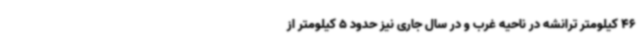
46 کیلومتر ترانشه در ناحیه غرب و در سال جاری نیز حدود 5 کیلومتر از